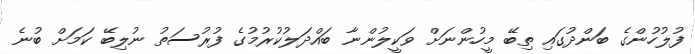
ފުލުހުންގެ ބަންދުގައި ތިބޭ މީހުންނަށް ވަކީލުންނާ ބައްދަލުކުރުމުގެ ފުރުސަތު ނުލިބޭ ކަމަށް ބުނެ